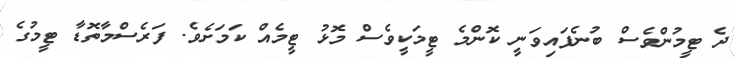
ދެ ޓީމުންވެސް ބުނެފައިވަނީ ކޮންމެ ޓީމަކީވެސް މޮޅު ޓީމެއް ކަމަށެވެ. ފަރެސްމާތޮޑާ ޓީމުގެ